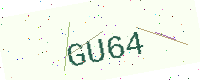
Text: GU64